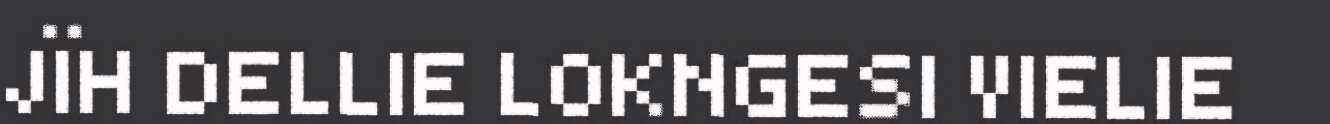
JÏH DELLIE LOKNGESI VIELIE